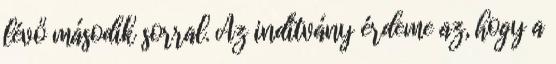
lévő második sorral. Az indítvány érdeme az, hogy a